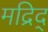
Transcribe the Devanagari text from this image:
मद्रिद्